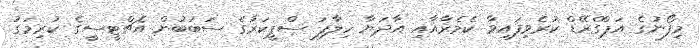
މިފޯނުގެ އަޕްގްރޭޑް ކުރެވިފައިވާ ކެމެރާއާއި އާދަޔާ ހިލާފަ ސްޕީކަރުގެ ސަބަބުން އެޗްޓީސީގެ ކުރިމަގު